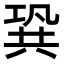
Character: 𠔣